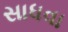
સાધવા